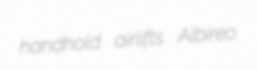
handhold airlifts Albireo